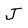
Character: J